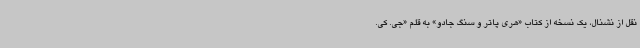
نقل از نشنال، یک نسخه از کتاب «هری پاتر و سنگ جادو» به قلم «جی. کی.